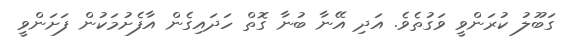
ގަބޫލު ކުރަންވީ ވަގުތެވެ. އަދި އޭނާ ބުނާ ގޮތް ހަދައިގެން އާފެށުމަކުން ފަށަންވީ